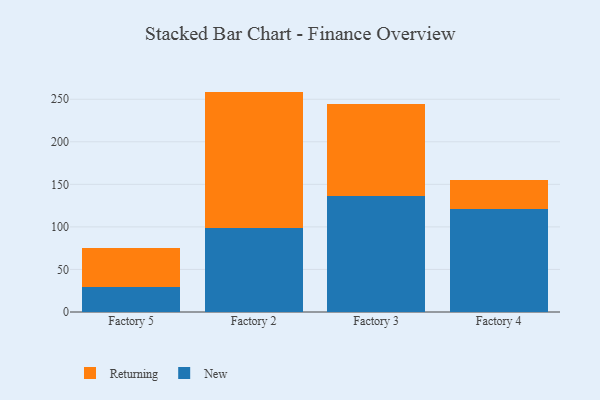
{"axis": {"x": "Factory", "y": "Website Visitors"}, "legend": ["New", "Returning"], "data": [{"x": "Factory 5", "y": 29.8, "type": "New"}, {"x": "Factory 5", "y": 45.0, "type": "Returning"}, {"x": "Factory 2", "y": 98.6, "type": "New"}, {"x": "Factory 2", "y": 160.4, "type": "Returning"}, {"x": "Factory 3", "y": 136.4, "type": "New"}, {"x": "Factory 3", "y": 108.5, "type": "Returning"}, {"x": "Factory 4", "y": 121.6, "type": "New"}, {"x": "Factory 4", "y": 33.8, "type": "Returning"}]}